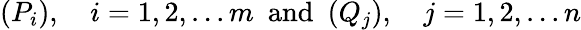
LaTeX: (P_{i}),\quad i=1,2,...m\ \ {\mathrm{and}}\ \ (Q_{j}),\quad j=1,2,...n